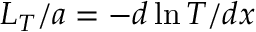
L _ { T } / a = - d \ln T / d x